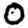
Digit: 0